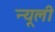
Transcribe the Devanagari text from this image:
न्यूली